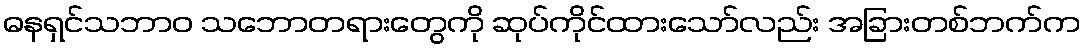
ဓနရှင်သဘာဝ သဘောတရားတွေကို ဆုပ်ကိုင်ထားသော်လည်း အခြားတစ်ဘက်က